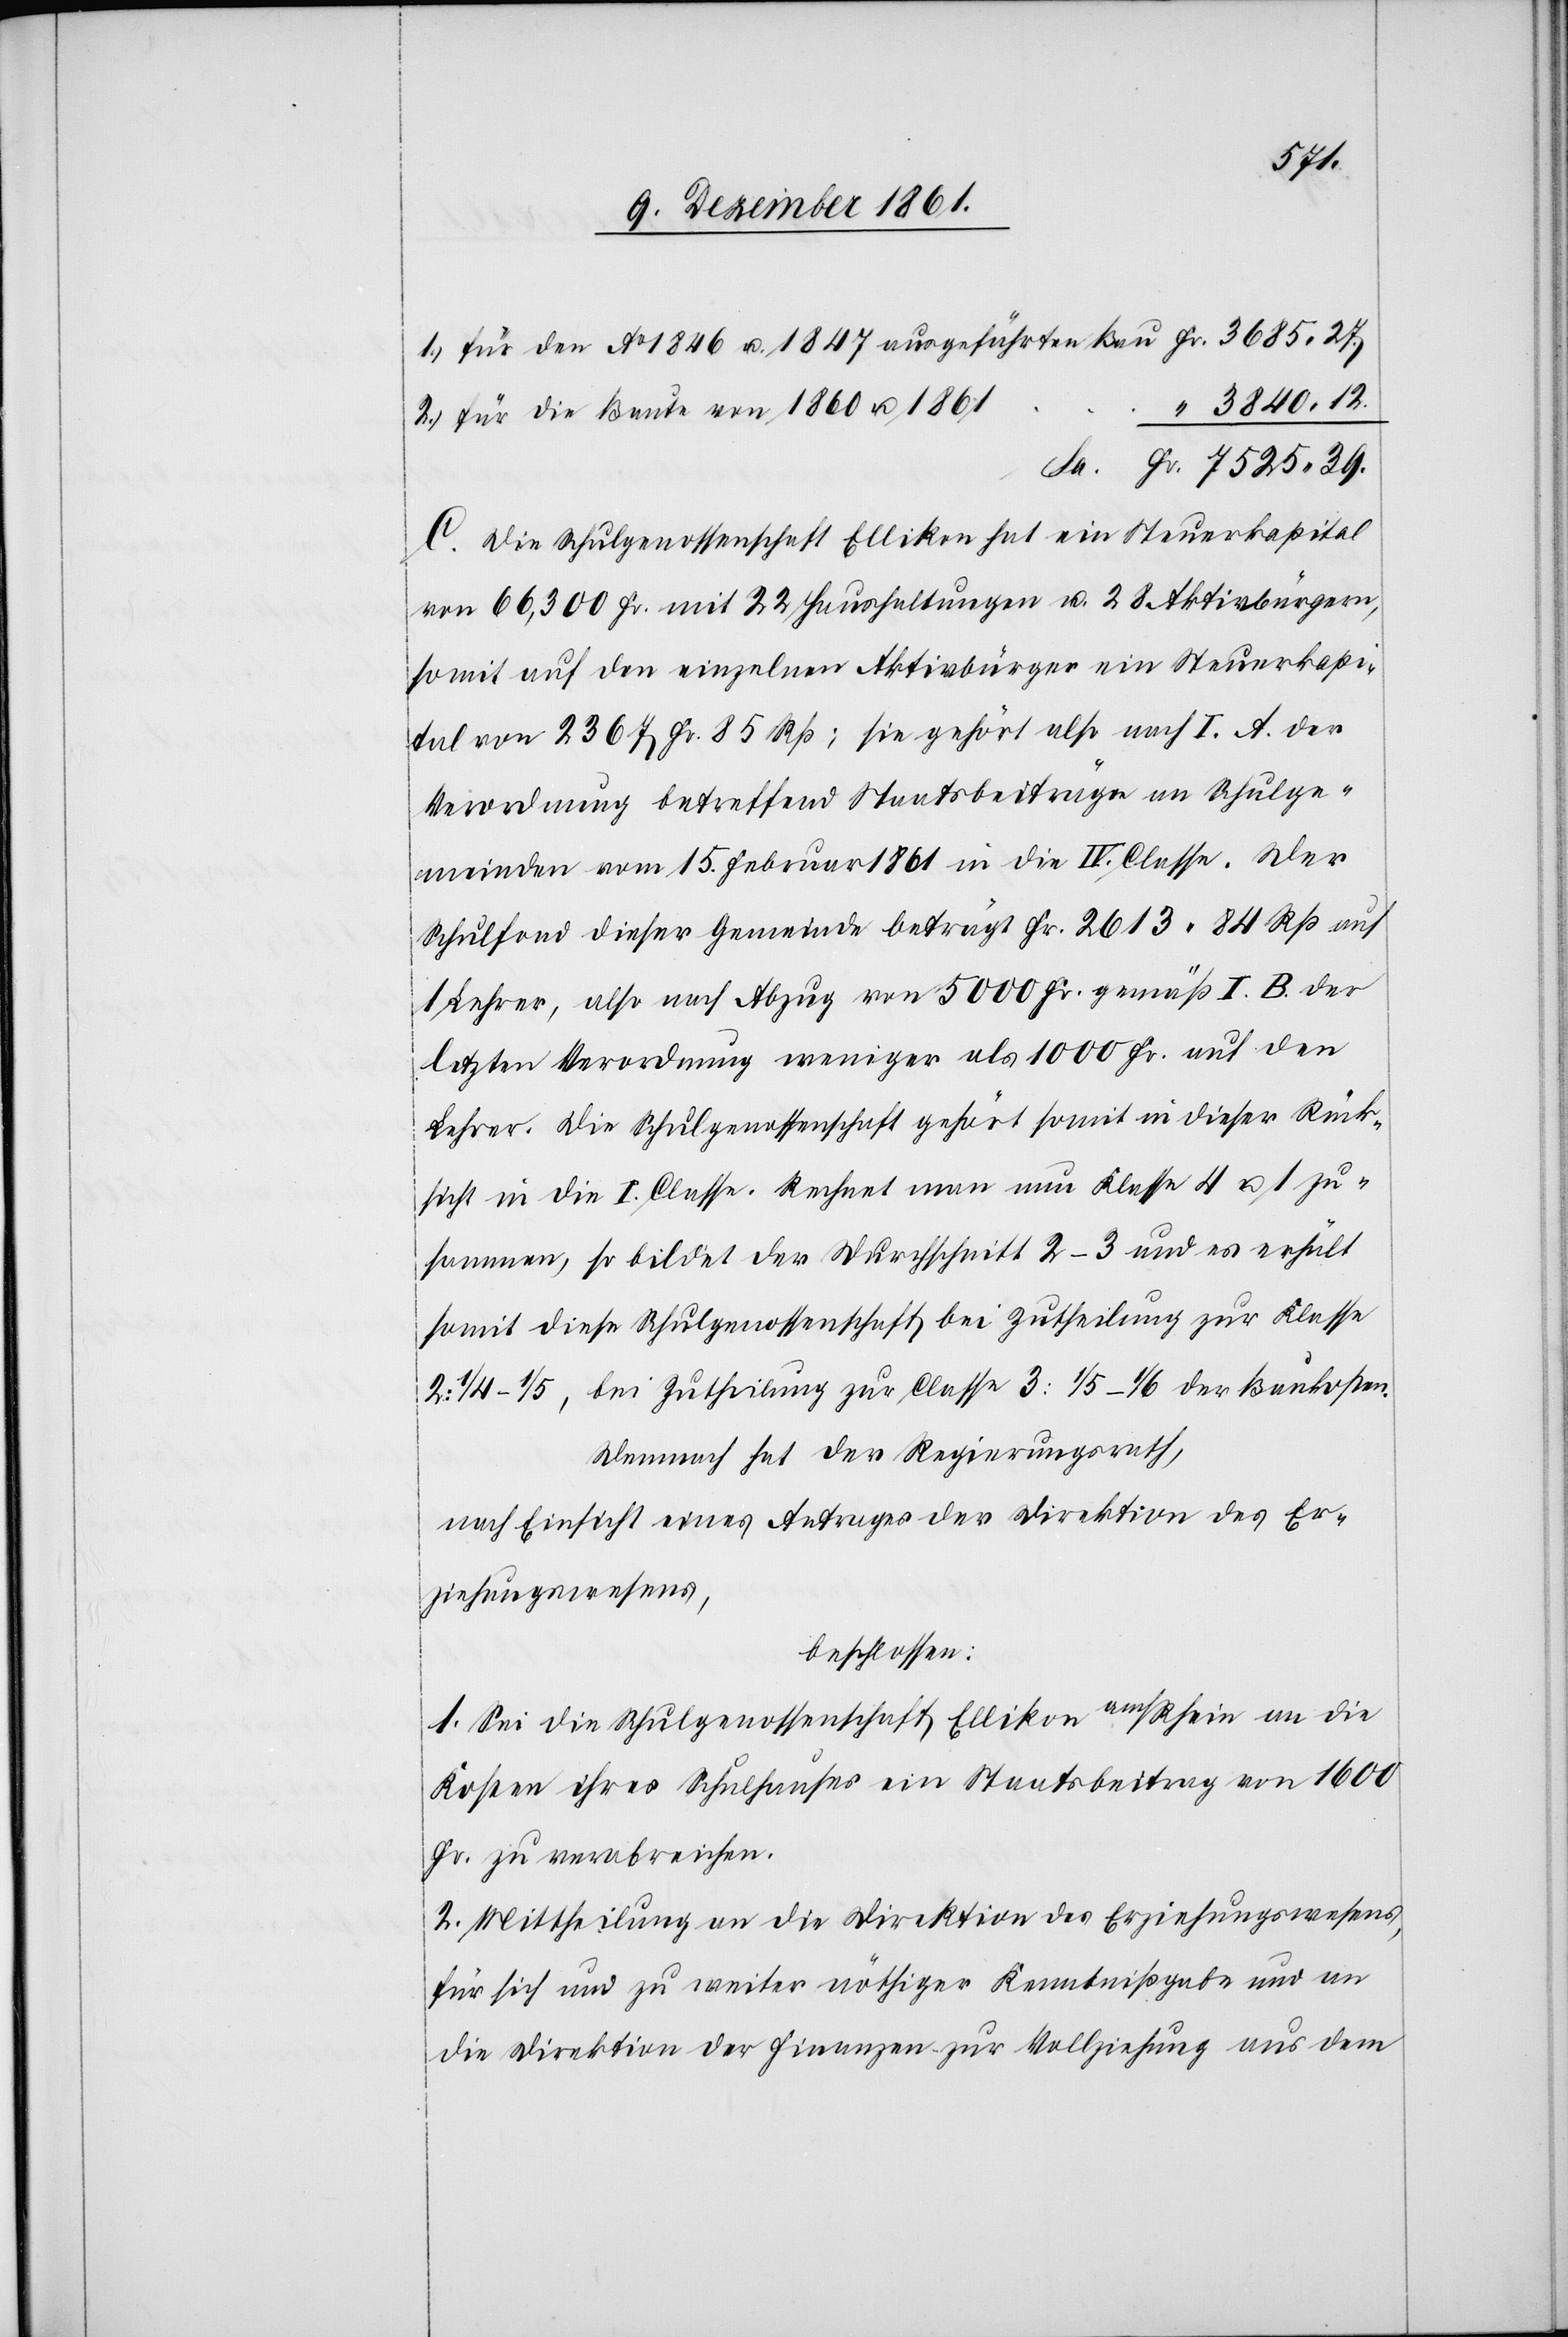
1. Für den Ao. 1846 u. 1847 ausgeführten Bau	Fr. 3685. 27
“ 3840. 12
2. Für die Baute von 1860 u. 1861
Sa. Fr. 7525. 39.
C. Die Schulgenossenschaft Ellikon hat ein Steuerkapital
von 66,300 Fr. mit 22 Haushaltungen u. 28 Aktivbürgern,
somit auf den einzelnen Aktivbürger ein Steuerkapi¬
tal von 2367 Fr. 85 Rp; sie gehört also nach I. A. der
Verordnung betreffend Staatsbeiträge an Schulge¬
meinden vom 15 Februar 1861 in die IV. Classe. Der
Schulfond dieser Gemeinde beträgt Fr. 2613. 84 Rp. auf
1 Lehrer, also nach Abzug von 5000 Fr. gemäß I. B. der
letzten Verordnung weniger als 1000 Fr. auf den
Lehrer. Die Schulgenossenschaft gehört somit in dieser Rück¬
sicht in die I Classe. Rechnet man nun Klasse 4 u. 1 zu¬
sammen, so bildet Durchschnitt 2–3 und es erhält
somit diese Schulgenossenschaft bei Zutheilung zur Klasse
2: 1/4–1/5, bei Zutheilung zur Classe 3: 1/5–1/6 der Baukosten.
Demnach hat der Regierungsrath,
nach Einsicht eines Antrages der Direktion des Er¬
ziehungswesens,
beschlossen:
1. Sei [an] die Schulgenossenschaft Ellikon am/Rhein an die
Kosten ihres Schulhauses ein Staatsbeitrag von 1600
Fr. zu verabreichen.
2. Mittheilung an die Direktion des Erziehungswesens,
für sich und zu weiter nöthiger Kenntnißgabe und an
die Direktion der Finanzen zur Vollziehung aus dem